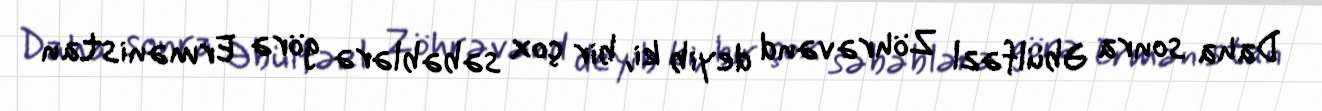
Daha sonra Əbülfəzl Zöhrəvənd deyib ki, bir çox səbəblərə görə Ermənistan